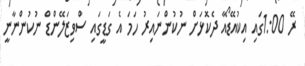
ރޭ 1:00ގައި އިކުއޭޑޯއާ ދެކޮޅަށް ނުކުންނައިރު ހަމަ އެ ގަޑީގައި ސްވިޒަލޭންޑް ނުކުންނާނީ